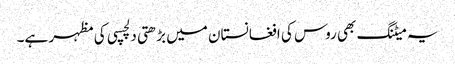
یہ میٹنگ بھی روس کی افغانستان میں بڑھتی دلچسپی کی مظہر ہے۔